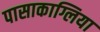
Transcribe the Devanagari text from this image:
पासाकाग्लिया